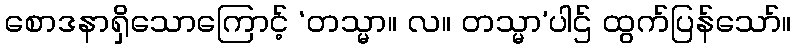
စောဒနာရှိသောကြောင့် ‘တသ္မာ။ လ။ တသ္မာ’ပါဌ် ထွက်ပြန်သော်။